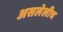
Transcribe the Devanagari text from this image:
असलेलीच